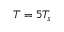
T = 5 T _ { s }